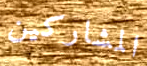
المشاركين